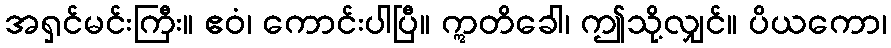
အရှင်မင်းကြီး။ ဧဝံ၊ ကောင်းပါပြီ။ ဣတိခေါ၊ ဤသို့လျှင်။ ပိယကော၊